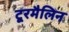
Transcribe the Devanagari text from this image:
टूरमैलिन